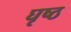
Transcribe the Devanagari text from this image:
घृष्ठ